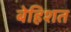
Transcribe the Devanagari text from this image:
बेहिशत